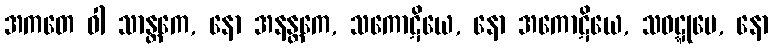
အကတေ ဝါ သာန္တကေ, နော အနန္တကေ, သကောဋိယေ, နော အကောဋိယေ, သဝဋ္ဋုမေ, နော